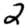
Digit: 2